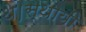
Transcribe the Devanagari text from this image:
थे।स्थायी